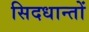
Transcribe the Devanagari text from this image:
सिदधान्‍तों